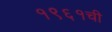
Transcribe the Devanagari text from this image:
१९६१ची